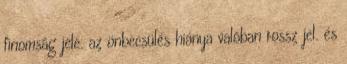
finomság jele. az önbecsülés hiánya valóban rossz jel. és